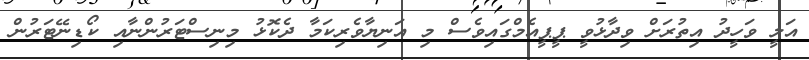
އަލީ ވަހީދު އިތުރަށް ވިދާޅުވީ ޕީޕީއެމްގައިވެސް މި އަނިޔާވެރިކަމާ ދެކޮޅު މިނިސްޓަރުންނާއި ކޯޑިނޭޓަރުން